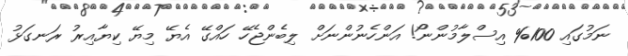
ނަމުގައި 100% އިސްލާމުންނޯ! އަންހެނުންނަށް ލިބެންޖެހޭ ހައްގޭ އެޔޭ މިޔޭ ކިޔާއިރު ރަނގަޅު